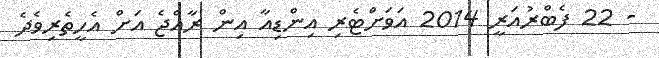
- 22 ފެބްރުއަރީ 2014 އަވަށްޓެރި އިންޑިއާ އިން ރާއްޖެ އަށް އެހީތެރިވެދެ